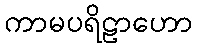
ကာမပရိဠာဟော